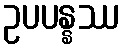
ဥပပန္နဿ